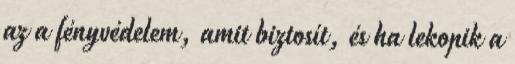
az a fényvédelem, amit biztosít, és ha lekopik a